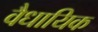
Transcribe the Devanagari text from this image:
वैधायिक